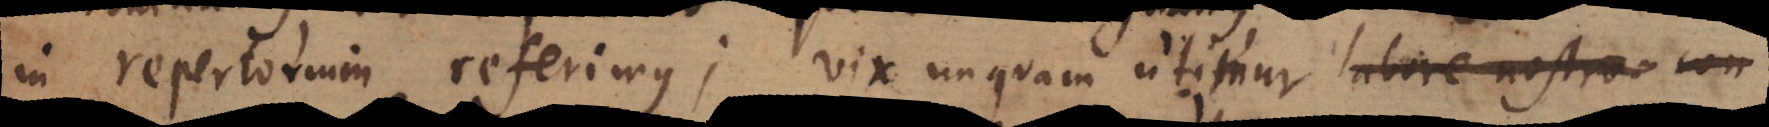
in repertorium referimus; vix unquam utimur labore nostra con